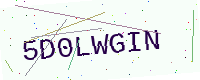
Text: 5D0LWGIN